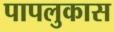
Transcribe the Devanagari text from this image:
पापलुकास